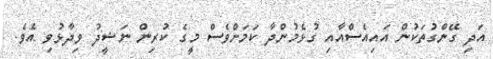
އަދި ގޭންގުތަކުން އައިއެސްއާއި ގުޅެމުންދާ ކަމަށްވެސް މީގެ ކުރިން ނަޝީދު ވިދާޅުވި އެވެ.